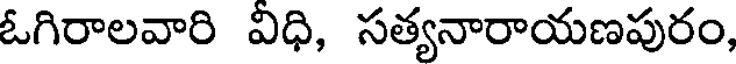
ఓగిరాలవారి విధి, సత్యనారాయణపురం,